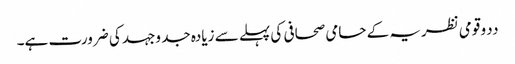
ددو قومی نظریہ کے حامی صحافی کی پہلے سے زیادہ جد وجہد کی ضرورت ہے۔